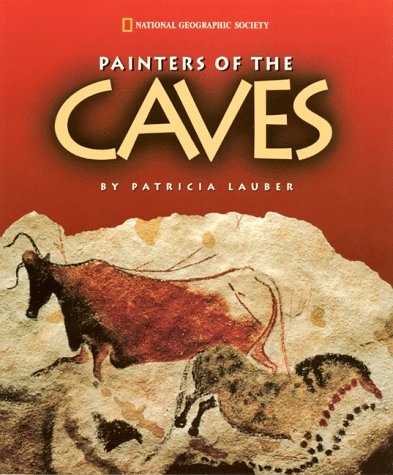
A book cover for Painters of The Caves (National Geographic Society); Patricia Lauber; Children's Books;